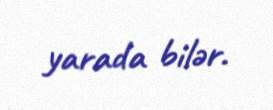
yarada bilər.